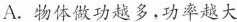
A.物体做功越多，功率越大